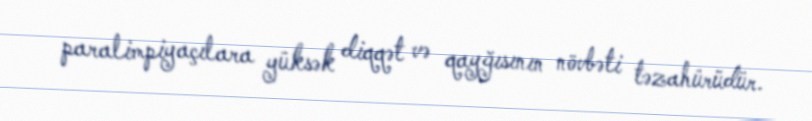
paralimpiyaçılara yüksək diqqət və qayğısının növbəti təzahürüdür.